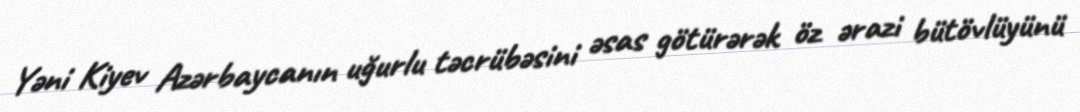
Yəni Kiyev Azərbaycanın uğurlu təcrübəsini əsas götürərək öz ərazi bütövlüyünü